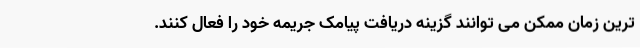
ترین زمان ممکن می توانند گزینه دریافت پیامک جریمه خود را فعال کنند.